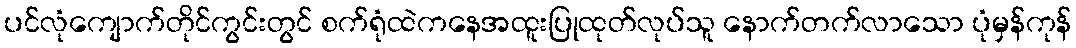
ပင်လုံကျောက်တိုင်ကွင်းတွင် စက်ရုံထဲကနေအထူးပြုထုတ်လုပ်သူ နောက်တက်လာသော ပုံမှန်ကုန်